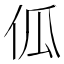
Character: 𠇗